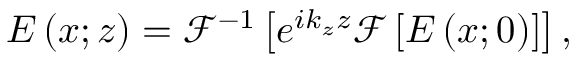
E \left( x ; z \right) = \mathcal { F } ^ { - 1 } \left[ e ^ { i k _ { z } z } \mathcal { F } \left[ E \left( x ; 0 \right) \right] \right] ,